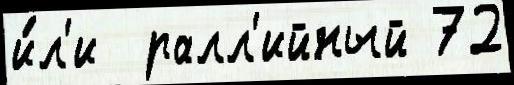
и́л'и  ралл'ийный 72